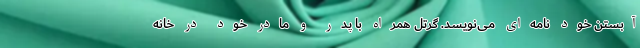
آبستن خود نامه‌ای می‌نویسد. گرتل همراه با پدر و مادر خود در خانه